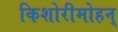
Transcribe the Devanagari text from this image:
किशोरीमोहन्